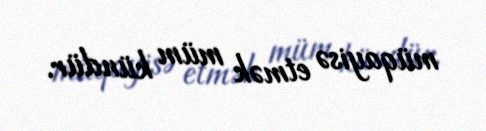
müqayisə etmək müm kündür.